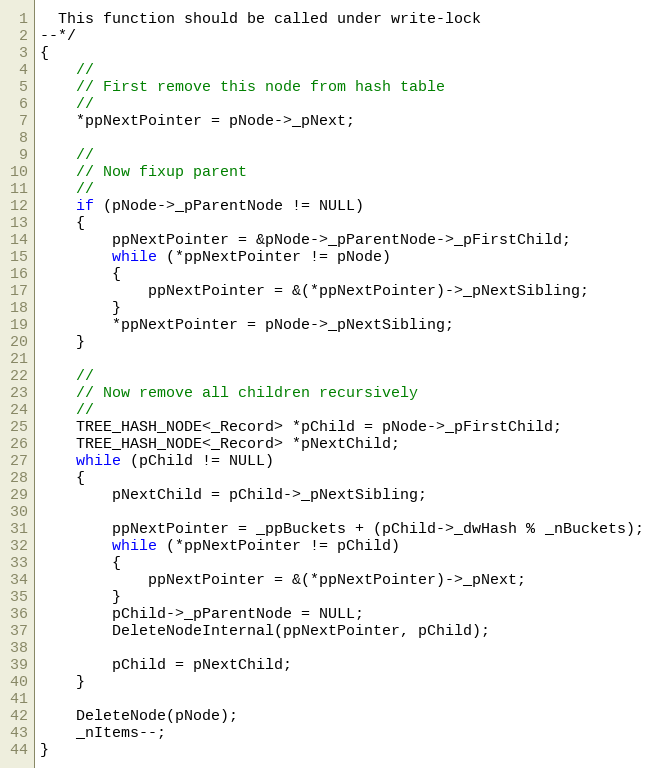
Language: C
  This function should be called under write-lock
--*/
{
    //
    // First remove this node from hash table
    //
    *ppNextPointer = pNode->_pNext;

    //
    // Now fixup parent
    //
    if (pNode->_pParentNode != NULL)
    {
        ppNextPointer = &pNode->_pParentNode->_pFirstChild;
        while (*ppNextPointer != pNode)
        {
            ppNextPointer = &(*ppNextPointer)->_pNextSibling;
        }
        *ppNextPointer = pNode->_pNextSibling;
    }

    //
    // Now remove all children recursively
    //
    TREE_HASH_NODE<_Record> *pChild = pNode->_pFirstChild;
    TREE_HASH_NODE<_Record> *pNextChild;
    while (pChild != NULL)
    {
        pNextChild = pChild->_pNextSibling;

        ppNextPointer = _ppBuckets + (pChild->_dwHash % _nBuckets);
        while (*ppNextPointer != pChild)
        {
            ppNextPointer = &(*ppNextPointer)->_pNext;
        }
        pChild->_pParentNode = NULL;
        DeleteNodeInternal(ppNextPointer, pChild);

        pChild = pNextChild;
    }

    DeleteNode(pNode);
    _nItems--;
}